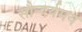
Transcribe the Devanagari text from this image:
सौन्दर्यमय